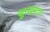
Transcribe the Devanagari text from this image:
कुख्‍यात